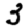
Digit: 3